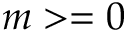
m > = 0